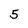
Character: 5